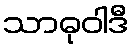
သာဓုဝါဒီ